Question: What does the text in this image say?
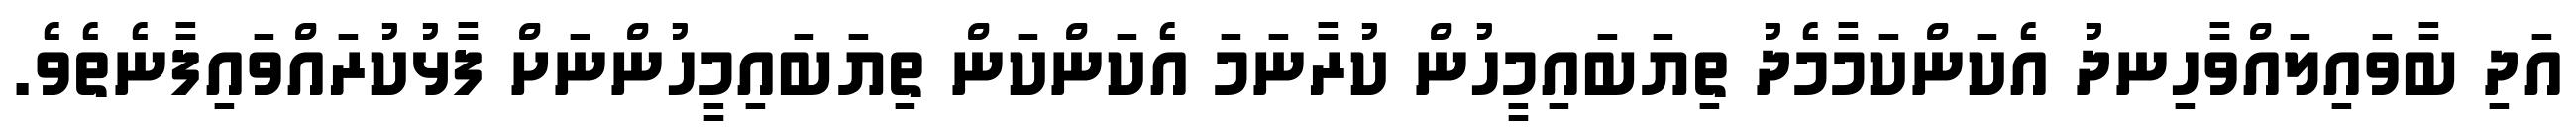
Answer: އަދި ބާވައިލައްވާހިނދު އެކަންކަމާމެދު ތިޔަބައިމީހުން ކުރާނަމަ އެކަންކަން ތިޔަބައިމީހުންނަށް ފާޅުކުރައްވައިފާނެތެވެ.